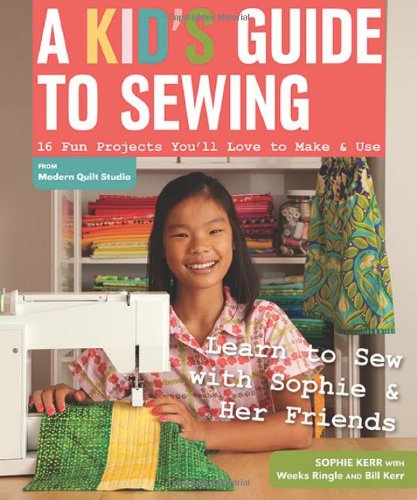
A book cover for A Kid's Guide to Sewing: Learn to Sew with Sophie & Her Friends  16 Fun Projects You'll Love to Make & Use; Sophie Kerr; Crafts, Hobbies & Home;